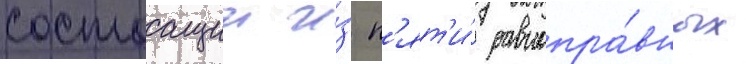
состоащии и́з п'ят'и́ равнопра́вных